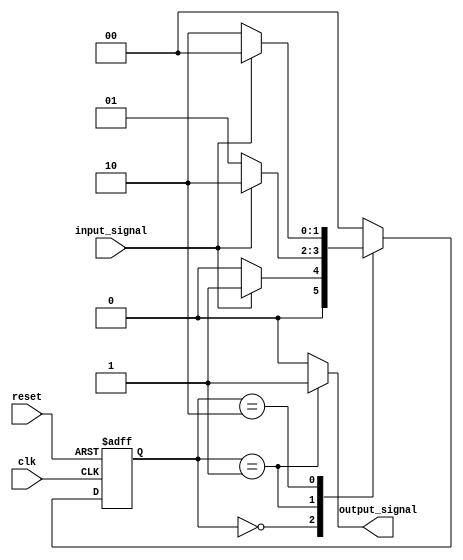
module fsm (
  input wire clk,
  input wire reset,
  input wire input_signal,
  output reg output_signal
);

// States definition
parameter STATE_A = 2'b00;
parameter STATE_B = 2'b01;
parameter STATE_C = 2'b10;

// Current state register
reg [1:0] current_state, next_state;

always @ (posedge clk or posedge reset) begin
  if (reset) begin
    current_state <= STATE_A;
  end else begin
    current_state <= next_state;
  end
end

// Next state logic
always @* begin
  case (current_state)
    STATE_A: begin
      if (input_signal) begin
        next_state = STATE_B;
      end else begin
        next_state = STATE_A;
      end
    end
    STATE_B: begin
      if (input_signal) begin
        next_state = STATE_C;
      end else begin
        next_state = STATE_B;
      end
    end
    STATE_C: begin
      if (input_signal) begin
        next_state = STATE_A;
      end else begin
        next_state = STATE_C;
      end
    end
    default: next_state = STATE_A;
  endcase
end

// Output signals
always @ (current_state) begin
  case (current_state)
    STATE_A: output_signal = 1'b0;
    STATE_B: output_signal = 1'b1;
    STATE_C: output_signal = 1'b0;
    default: output_signal = 1'b0;
  endcase
end

endmodule